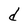
Character: d